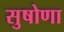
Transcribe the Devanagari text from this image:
सुषोणा